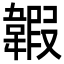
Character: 䪗